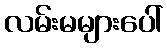
လမ်းမများပေါ်